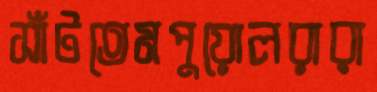
সাঁটতেমপুয়োলরারা